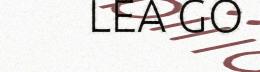
LEA GO